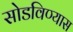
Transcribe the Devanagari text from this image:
सोडविण्यास